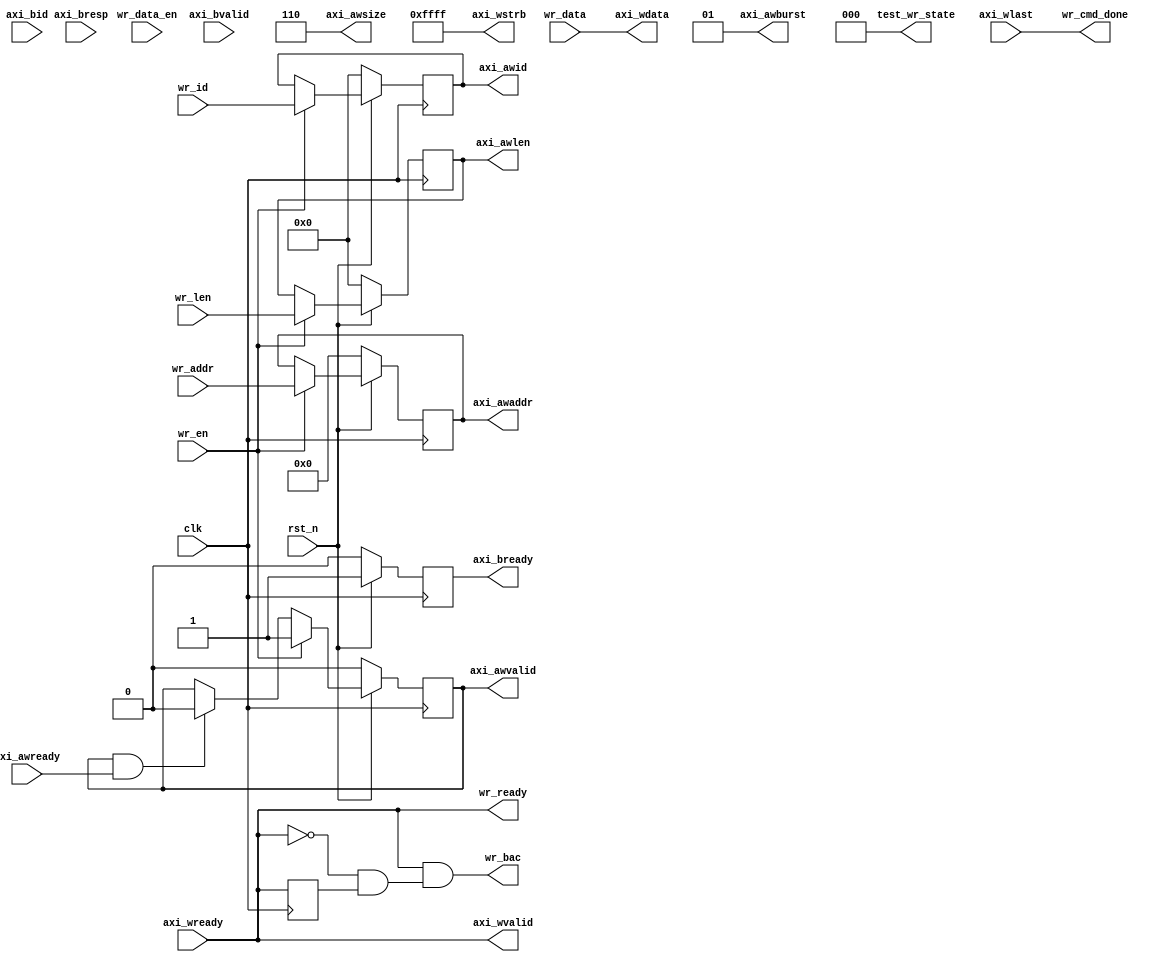
`timescale 1ns / 1ps
//////////////////////////////////////////////////////////////////////////////////
// Company: Meyesemi
// 
// Design Name: 
// Module Name: wr_ctrl
// Project Name: 
// Target Devices: 
// Tool Versions: 
// Description: 
// 
// Dependencies: 
// 
// Revision:
// Revision 0.01 - File Created
// Additional Comments:
// 
//////////////////////////////////////////////////////////////////////////////////
`define UD #1

module wr_ctrl #(
    parameter          CTRL_ADDR_WIDTH      = 28,
    parameter          MEM_DQ_WIDTH         = 16
)(                        
    input                                clk              ,
    input                                rst_n            , 

    input                                wr_en            ,
    input [CTRL_ADDR_WIDTH-1:0]          wr_addr          ,     
    input [3:0]                          wr_id            ,
    input [3:0]                          wr_len           ,
    output                               wr_cmd_done      ,
    output                               wr_ready         ,
    input                                wr_data_en       ,
    input      [MEM_DQ_WIDTH*8-1:0]      wr_data          ,
    output                               wr_bac           ,

    output reg [CTRL_ADDR_WIDTH-1:0]     axi_awaddr       =0,  
    output reg [3:0]                     axi_awid         =0,
    output reg [3:0]                     axi_awlen        =0,
    output     [2:0]                     axi_awsize       ,
    output     [1:0]                     axi_awburst      , //only support 2'b01: INCR
    input                                axi_awready      ,
    output reg                           axi_awvalid      =0,
          
    output     [MEM_DQ_WIDTH*8-1:0]      axi_wdata        ,
    output     [MEM_DQ_WIDTH -1 :0]      axi_wstrb        ,
    input                                axi_wlast        ,
    output                               axi_wvalid       ,
    input                                axi_wready       ,
    input      [3 : 0]                   axi_bid          , // Master Interface Write Response.
    input      [1 : 0]                   axi_bresp        , // Write response. This signal indicates the status of the write transaction.
    input                                axi_bvalid       , // Write response valid. This signal indicates that the channel is signaling a valid write response.
    output reg                           axi_bready       =1, // Response ready. This signal indicates that the master can accept a write response.
    output reg [2:0]                     test_wr_state    =0
);

    localparam DQ_NUM = MEM_DQ_WIDTH/8;
    
    localparam E_IDLE = 3'd0;
    localparam E_WR   = 3'd1;
    localparam E_END  = 3'd2;

    assign axi_awburst = 2'b01;
    assign axi_awsize  = 3'b110;

    assign axi_wstrb = {MEM_DQ_WIDTH{1'b1}};
    
    //===========================================================================
    //   write ADDR channels
    //===========================================================================
    reg [3:0] cmd_cnt;
    always @(posedge clk)
    begin
        if (!rst_n) begin
            axi_awaddr  <= 'b0; 
            axi_awid    <= 4'b0; 
            axi_awlen   <= 4'b0; 
            axi_awvalid <= 1'b0; 
        end
        else if(wr_en)
        begin
            axi_awid    <= wr_id;     
            axi_awaddr  <= wr_addr;    
            axi_awlen   <= wr_len;  
            axi_awvalid <= 1'b1; 
        end
        else if(axi_awvalid & axi_awready)
        begin
            axi_awvalid <= 1'b0;
            axi_awid    <= axi_awid;     
            axi_awaddr  <= axi_awaddr;    
            axi_awlen   <= axi_awlen; 
        end
        else
        begin
            axi_awvalid <= axi_awvalid;
            axi_awid    <= axi_awid;     
            axi_awaddr  <= axi_awaddr;    
            axi_awlen   <= axi_awlen; 
        end
    end
    
    //----------------------------
    //Write Response (B) Channel
    //----------------------------
    always @(posedge clk)                                     
    begin                                                                 
        if (rst_n == 0)                                         
            axi_bready <= 1'b0;                                                                                  
        else                                                  
            axi_bready <= 1'b1;                                                                                   
    end 
    
    wire [3:0] trans_len/* synthesis PAP_MARK_DEBUG="true" */;
    wire       burst_finish;

    assign trans_len = wr_len;
 
    always @(posedge clk)
    begin
        if (!rst_n)
            cmd_cnt <= 4'd0;
        else
        begin
            if(axi_awvalid & axi_awready)
                cmd_cnt <= cmd_cnt + 4'd1;
            else if(axi_wlast && axi_wvalid && axi_wready)
                cmd_cnt <= cmd_cnt - 4'd1;
            else
                cmd_cnt <= cmd_cnt;
        end 
    end 
    
    reg  write_en;
    reg [3:0] axi_data_cnt; 
    always @(posedge clk)
    begin
        if (!rst_n)
            write_en <= 1'b0;
        else if(axi_awvalid & axi_awready & cmd_cnt == 4'd0)
            write_en <= 1'b1;

        else if(axi_wvalid && axi_data_cnt == trans_len && axi_wready)
            write_en <= 1'b0;
    end 
    
    assign wr_ready = axi_wready;
    
    always @(posedge clk)
    begin
        if (!rst_n)
            axi_data_cnt <= 4'd0;
        else if(cmd_cnt > 4'd1 && ~write_en)
            axi_data_cnt <= 4'd0;
        else
        begin
            if(axi_wready & axi_wvalid)
            begin
                if(axi_data_cnt == trans_len)
                    axi_data_cnt <= 4'd0;
                else
                    axi_data_cnt <= axi_data_cnt + 1'b1;
            end
            else
                axi_data_cnt <= axi_data_cnt;
        end 
    end 
    
    reg axi_wready_1d;
    assign burst_finish = ~axi_wready_1d && axi_wready;

    always @(posedge clk)
    begin
        axi_wready_1d <= axi_wready;
    end
     
    assign wr_cmd_done = axi_wlast;
    assign axi_wdata = wr_data ;
    assign axi_wvalid = axi_wready;
    assign wr_bac = axi_wvalid && (~axi_wready && axi_wready_1d);

endmodule